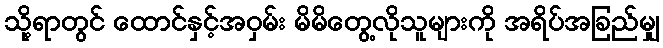
သို့ရာတွင် ထောင်နှင့်အဝှမ်း မိမိတွေ့လိုသူများကို အရိပ်အခြည်မျှ